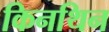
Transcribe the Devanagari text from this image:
किनथिन